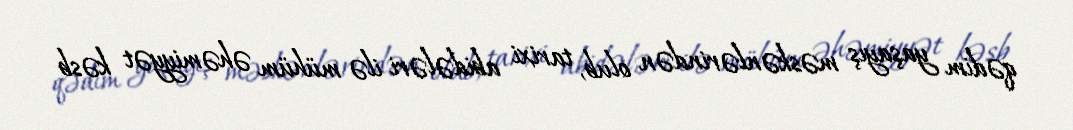
qədim yaşayış məskənlərindən olub, tarixi abidələri ilə mühüm əhəmiyyət kəsb